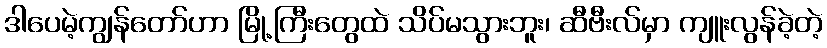
ဒါပေမဲ့ကျွန်တော်ဟာ မြို့ကြီးတွေထဲ သိပ်မသွားဘူး၊ ဆီဗီးလ်မှာ ကျူးလွန်ခဲ့တဲ့